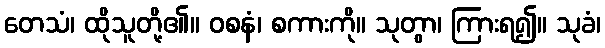
တေသံ၊ ထိုသူတို့၏။ ဝစနံ၊ စကားကို။ သုတွာ၊ ကြားရ၍။ သုခံ၊